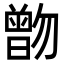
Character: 朆